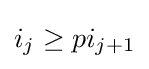
i_{j}\geq pi_{j+1}